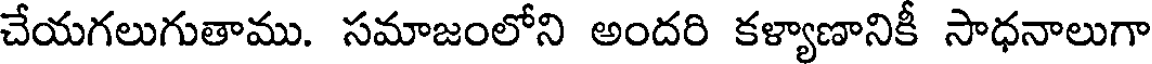
చేయగలుగుతాము. సమాజంలోని అందరి కళ్యాణానికీ సాధనాలుగా